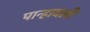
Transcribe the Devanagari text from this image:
पान्हावली